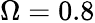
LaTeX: \Omega=0.8